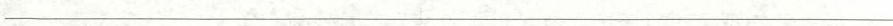
__________________________________